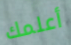
أعلمك